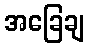
အခြေချ